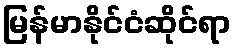
မြန်မာနိုင်ငံဆိုင်ရာ